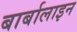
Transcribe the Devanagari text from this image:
बार्बालाइन